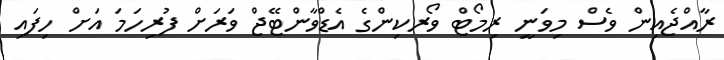
ރާއްޖެއިން ވެސް މިވަނީ ރިމޯޓް ވޯރކިންގެ އެޑްވާންޓޭޖް ވަރަށް ފުރިހަމަ އަށް ހިފައި